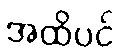
အထိပင်